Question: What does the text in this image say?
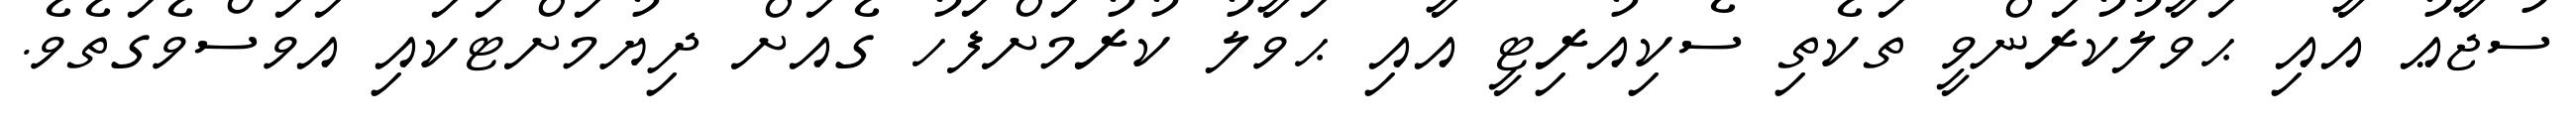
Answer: ސުޖާޢު އާއި ޙަވާލުކުރަންވީ ތަކެތި ސެކިއުރިޓީ އާއި ޙަވާލު ކުރުމަށްފަހު ގެއަށް ދިޔުމަށްޓަކައި އަވަސްވެގަތެވެ.